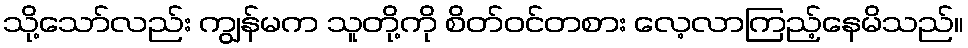
သို့သော်လည်း ကျွန်မက သူတို့ကို စိတ်ဝင်တစား လေ့လာကြည့်နေမိသည်။